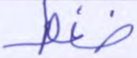
ضغط